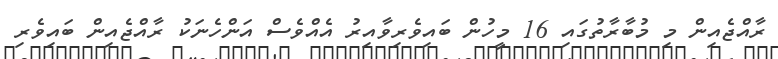
ރާއްޖެއިން މި މުބާރާތުގައި 16 މީހުން ބައިވެރިވާއިރު އެއްވެސް އަންހެނަކު ރާއްޖެއިން ބައިވެރި